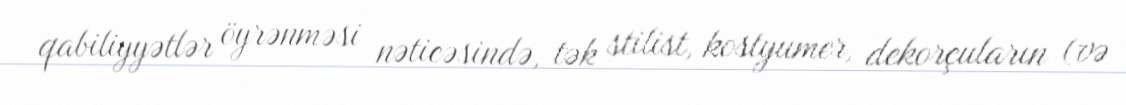
qabiliyyətlər öyrənməsi nəticəsində, tək stilist, kostyumer, dekorçuların (və